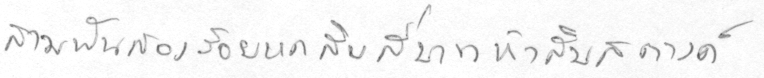
สามพันสองร้อยหกสิบสี่บาทห้าสิบสตางค์